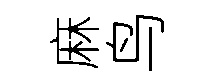
麻鸟